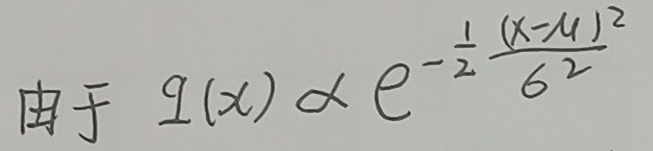
由于 $q(x) \propto e^{-\frac{1}{2}\frac{(x - \mu)^2}{\sigma^2}}$